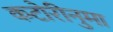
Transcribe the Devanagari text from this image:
कटोरीनुमा